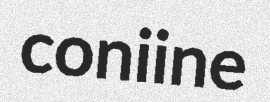
coniine